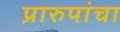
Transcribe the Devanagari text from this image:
प्रारुपांचा